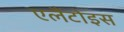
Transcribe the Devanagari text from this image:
एलैंटोइस